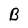
Character: B